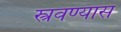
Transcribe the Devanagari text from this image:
स्त्रवण्यास